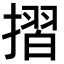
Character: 摺